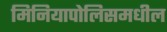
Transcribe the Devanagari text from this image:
मिनियापोलिसमधील